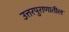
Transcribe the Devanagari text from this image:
उत्तरपुराणातील